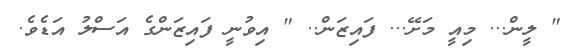
" ލީން... މިއީ މަށޭ... ފައިޒަން.. " އިވުނީ ފައިޒަންގެ އަސްލު އަޑެވެ.